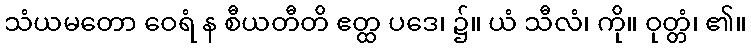
သံယမတော ဝေရံ န စီယတီတိ ဧတ္ထ ပဒေ၊ ၌။ ယံ သီလံ၊ ကို။ ဝုတ္တံ၊ ၏။